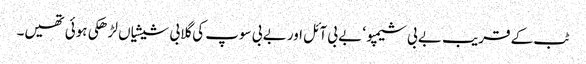
ٹب کے قریب بے بی شیمپو ‘ بے بی آئل اور بے بی سوپ کی گلابی شیشیاں لڑھکی ہوئی تھیں۔